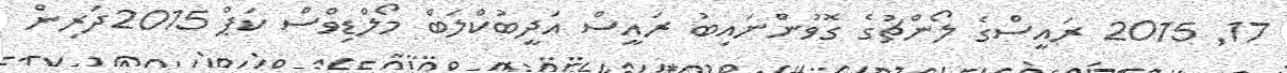
17